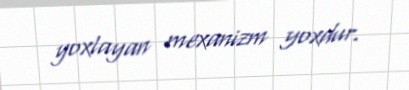
yoxlayan mexanizm yoxdur.